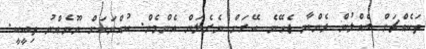
ތަކެއްޗަށް ގެއްލުން ދެންޔާ ޖެހޭނެ ބޭރަށް ނެރެލަން އެންމެން. ކުއްޔަކަށް ނޫނެއްނު ތިބީކީ.